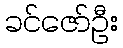
ခင်ဇော်ဦး